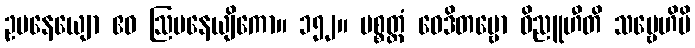
ဥပနေယျော ဧဝ ဩပနေယျိကော။ ၁၅၂။ ပစ္စတ္တံ ဝေဒိတဗ္ဗော ဝိညူဟီတိ သဗ္ဗေဟိပိ